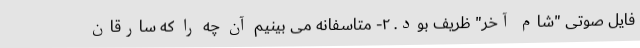
فایل صوتی "شام آخر" ظریف بود. ٢- متاسفانه می بینیم آن چه را که سارقان